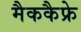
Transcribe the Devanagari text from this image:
मैककैफ्रे